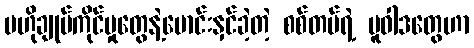
ဗဟိုချုပ်ကိုင်မှုတွေနဲ့မောင်းနှင်ခဲ့တဲ့ စစ်တပ်ရဲ့ မူဝါဒတွေဟာ